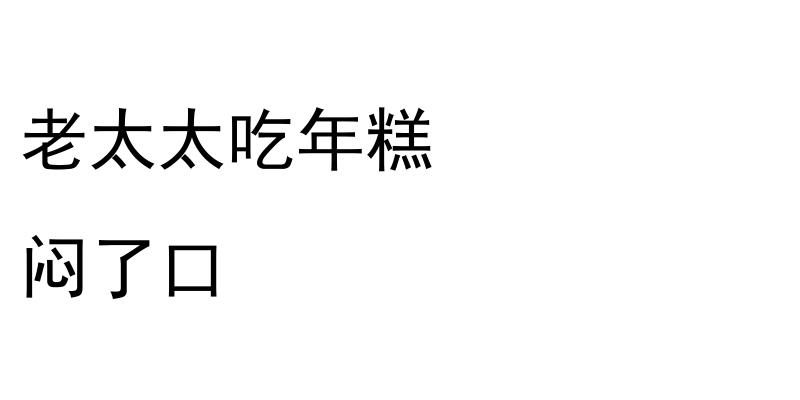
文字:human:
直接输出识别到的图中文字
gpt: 老太太吃年糕 闷了口